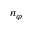
n _ { \varphi }